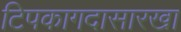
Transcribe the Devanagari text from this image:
टिपकागदासारखा